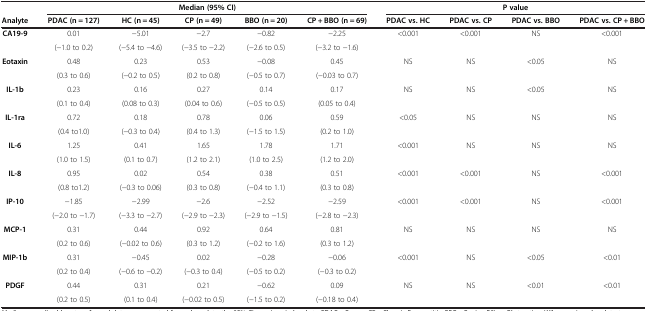
<table><thead><tr><td><b> </b></td><td colspan="5"><b>Median (95% CI)</b></td><td colspan="4"><b>P value</b></td></tr><tr><td><b>Analyte</b></td><td><b>PDAC (n = 127)</b></td><td><b>HC (n = 45)</b></td><td><b>CP (n = 49)</b></td><td><b>BBO (n = 20)</b></td><td><b>CP + BBO (n = 69)</b></td><td><b>PDAC vs. HC</b></td><td><b>PDAC vs. CP</b></td><td><b>PDAC vs. BBO</b></td><td><b>PDAC vs. CP + BBO</b></td></tr></thead><tbody><tr><td rowspan="2"><b>CA19-9</b></td><td>0.01</td><td>-5.01</td><td>-2.7</td><td>-0.82</td><td>-2.25</td><td rowspan="2">&lt;0.001</td><td rowspan="2">&lt;0.001</td><td rowspan="2">NS</td><td rowspan="2">&lt;0.001</td></tr><tr><td>(-1.0 to 0.2)</td><td>(-5.4 to -4.6)</td><td>(-3.5 to -2.2)</td><td>(-2.6 to 0.5)</td><td>(-3.2 to -1.6)</td></tr><tr><td rowspan="2"><b>Eotaxin</b></td><td>0.48</td><td>0.23</td><td>0.53</td><td>-0.08</td><td>0.45</td><td rowspan="2">NS</td><td rowspan="2">NS</td><td rowspan="2">&lt;0.05</td><td rowspan="2">NS</td></tr><tr><td>(0.3 to 0.6)</td><td>(-0.2 to 0.5)</td><td>(0.2 to 0.8)</td><td>(-0.5 to 0.7)</td><td>(-0.03 to 0.7)</td></tr><tr><td rowspan="2"><b>IL-1b</b></td><td>0.23</td><td>0.16</td><td>0.27</td><td>0.14</td><td>0.17</td><td rowspan="2">NS</td><td rowspan="2">NS</td><td rowspan="2">&lt;0.05</td><td rowspan="2">NS</td></tr><tr><td>(0.1 to 0.4)</td><td>(0.08 to 0.3)</td><td>(0.04 to 0.6)</td><td>(-0.5 to 0.5)</td><td>(0.05 to 0.4)</td></tr><tr><td rowspan="2"><b>IL-1ra</b></td><td>0.72</td><td>0.18</td><td>0.78</td><td>0.06</td><td>0.59</td><td rowspan="2">&lt;0.05</td><td rowspan="2">NS</td><td rowspan="2">NS</td><td rowspan="2">NS</td></tr><tr><td>(0.4 to1.0)</td><td>(-0.3 to 0.4)</td><td>(0.4 to 1.3)</td><td>(-1.5 to 1.5)</td><td>(0.2 to 1.0)</td></tr><tr><td><b>IL-6</b></td><td>1.25</td><td>0.41</td><td>1.65</td><td>1.78</td><td>1.71</td><td>&lt;0.001</td><td>NS</td><td>NS</td><td>NS</td></tr><tr><td> </td><td>(1.0 to 1.5)</td><td>(0.1 to 0.7)</td><td>(1.2 to 2.1)</td><td>(1.0 to 2.5)</td><td>(1.2 to 2.0)</td><td> </td><td> </td><td> </td><td> </td></tr><tr><td><b>IL-8</b></td><td>0.95</td><td>0.02</td><td>0.54</td><td>0.38</td><td>0.51</td><td>&lt;0.001</td><td>&lt;0.001</td><td>NS</td><td>&lt;0.001</td></tr><tr><td> </td><td>(0.8 to1.2)</td><td>(-0.3 to 0.06)</td><td>(0.3 to 0.8)</td><td>(-0.4 to 1.1)</td><td>(0.3 to 0.8)</td><td> </td><td> </td><td> </td><td> </td></tr><tr><td><b>IP-10</b></td><td>-1.85</td><td>-2.99</td><td>-2.6</td><td>-2.52</td><td>-2.59</td><td>&lt;0.001</td><td>&lt;0.001</td><td>NS</td><td>&lt;0.001</td></tr><tr><td> </td><td>(-2.0 to -1.7)</td><td>(-3.3 to -2.7)</td><td>(-2.9 to -2.3)</td><td>(-2.9 to -1.5)</td><td>(-2.8 to -2.3)</td><td> </td><td> </td><td> </td><td> </td></tr><tr><td><b>MCP-1</b></td><td>0.31</td><td>0.44</td><td>0.92</td><td>0.64</td><td>0.81</td><td rowspan="2">NS</td><td rowspan="2">NS</td><td rowspan="2">NS</td><td rowspan="2">NS</td></tr><tr><td> </td><td>(0.2 to 0.6)</td><td>(-0.02 to 0.6)</td><td>(0.3 to 1.2)</td><td>(-0.2 to 1.6)</td><td>(0.3 to 1.2)</td></tr><tr><td><b>MIP-1b</b></td><td>0.31</td><td>-0.45</td><td>0.02</td><td>-0.28</td><td>-0.06</td><td rowspan="2">&lt;0.001</td><td rowspan="2">NS</td><td rowspan="2">&lt;0.05</td><td rowspan="2">&lt;0.01</td></tr><tr><td> </td><td>(0.2 to 0.4)</td><td>(-0.6 to -0.2)</td><td>(-0.3 to 0.4)</td><td>(-0.5 to 0.2)</td><td>(-0.3 to 0.2)</td></tr><tr><td><b>PDGF</b></td><td>0.44</td><td>0.31</td><td>0.21</td><td>-0.62</td><td>0.09</td><td rowspan="2">NS</td><td rowspan="2">NS</td><td rowspan="2">&lt;0.01</td><td rowspan="2">&lt;0.01</td></tr><tr><td> </td><td>(0.2 to 0.5)</td><td>(0.1 to 0.4)</td><td>(-0.02 to 0.5)</td><td>(-1.5 to 0.2)</td><td>(-0.18 to 0.4)</td></tr></tbody></table>